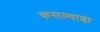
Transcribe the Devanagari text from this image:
कसल्याशा